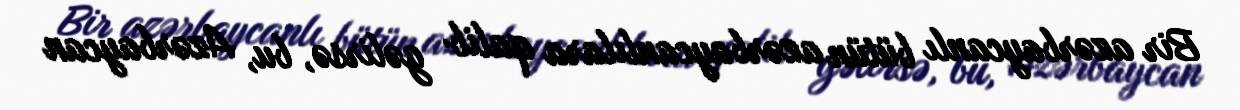
Bir azərbaycanlı bütün azərbaycanlılara qalib gəlirsə, bu, Azərbaycan